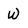
Character: W